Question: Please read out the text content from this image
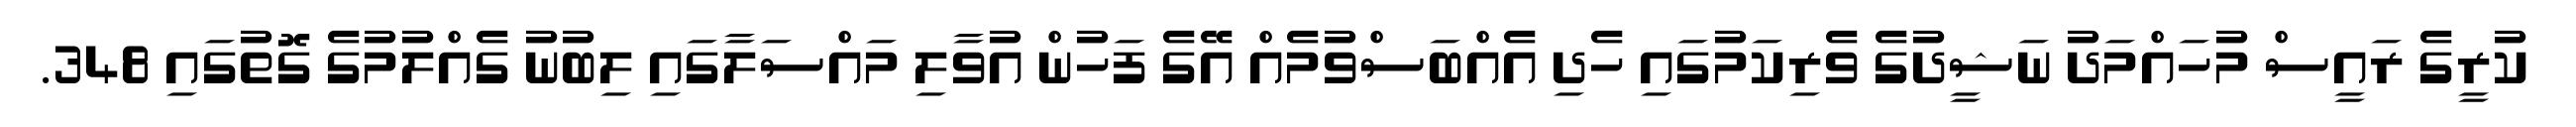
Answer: ކުރީގެ ރައީސް މުހައްމަދު ނަޝީދުގެ ވެރިކަމުގައި ހެދި އެއްބަސްވުމެއް އޭގެ ފަހުން އުވާލި މައްސަލާގައި ލިބުނު ގެއްލުމުގެ ގޮތުގައި 348.